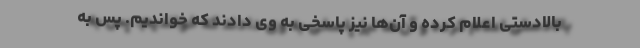
بالادستی اعلام کرده و آن‌ها نیز پاسخی به وی دادند که خواندیم. پس به